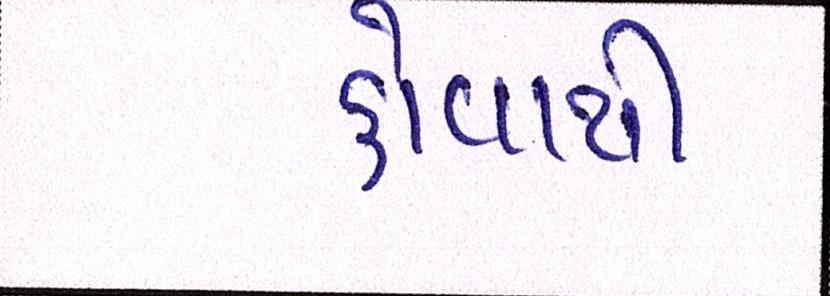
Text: હોવાથી